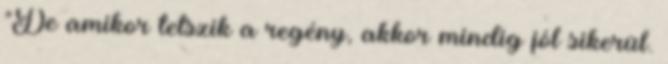
"De amikor tetszik a regény, akkor mindig jól sikerül.